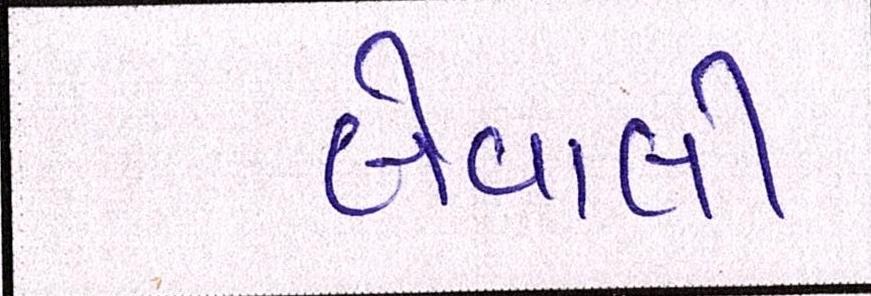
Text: લેવાલીઃ